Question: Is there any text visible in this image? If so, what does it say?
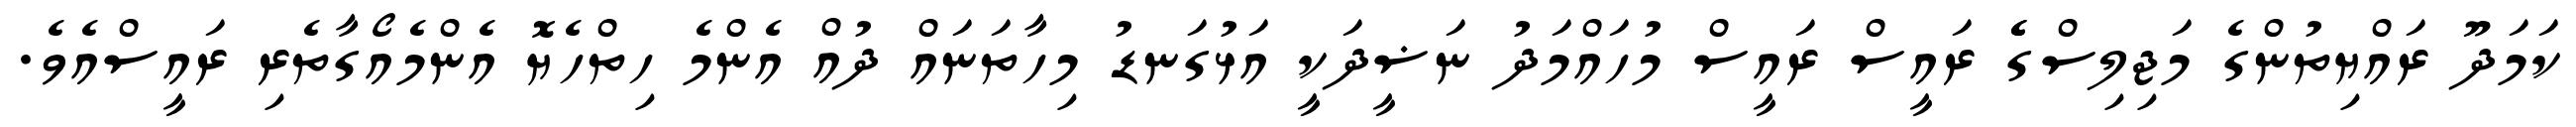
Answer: ކަމަދޫ ރައްޔިތުންގެ މަޖިލިސްގެެ ރައީސް ރައީސް މުހައްމަދު ނަޟީދަކީ އަޅުގަނޑު މިހާތަނައް ދުއް އެންމެ ހިތްހެޔޮ އެންމެއޯގާތެރި ރައީސްއެވެ.